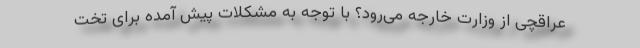
عراقچی از وزارت خارجه می‌رود؟ با توجه به مشکلات پیش آمده برای تخت